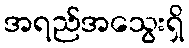
အရည်အသွေးရှိ